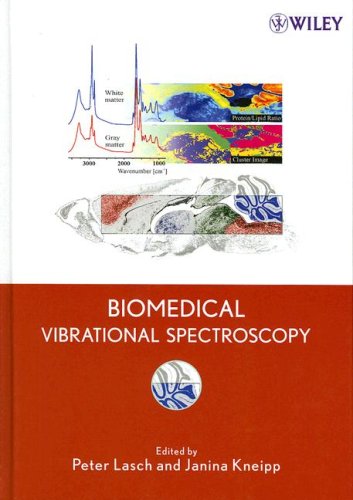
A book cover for Biomedical Vibrational Spectroscopy; Peter Lasch; Science & Math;